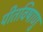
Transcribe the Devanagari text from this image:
पीतविषाणु